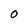
Character: 0